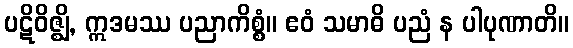
ပဋိဝိဇ္ဈိ, ဣဒမဿ ပညာကိစ္စံ။ ဧဝံ သမာဓိ ပညံ န ပါပုဏာတိ။